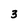
Character: 3